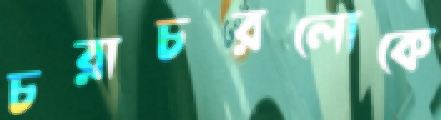
চরাচরলোকে